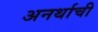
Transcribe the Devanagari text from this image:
अनर्थाची